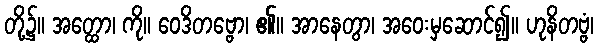
တို့၌။ အတ္ထော၊ ကို။ ဝေဒိတဗ္ဗော၊ ၏။ အာနေတွာ၊ အဝေးမှဆောင်၍။ ဟုနိတဗ္ဗံ၊